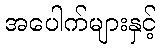
အပေါက်များနှင့်